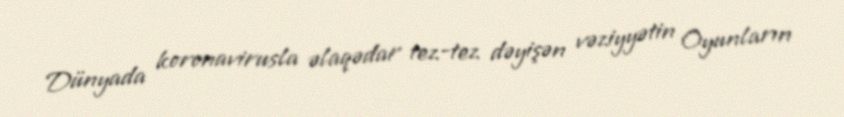
Dünyada koronavirusla əlaqədar tez-tez dəyişən vəziyyətin Oyunların